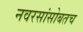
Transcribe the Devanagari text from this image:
नवरसांसोबतच